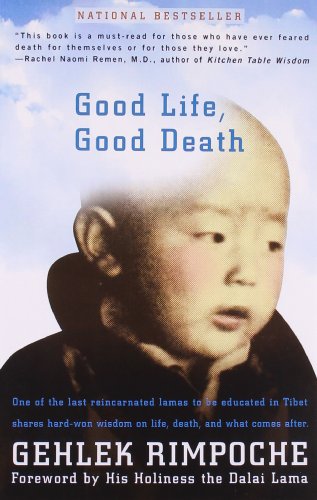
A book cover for Good Life, Good Death; Rimpoche Nawang Gehlek; Religion & Spirituality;